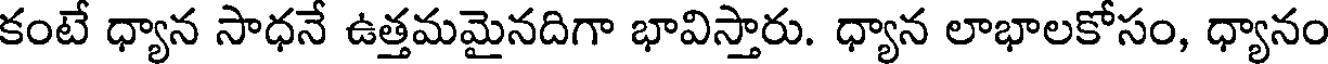
కంటే ధ్యాన సాధనే ఉత్తమమైనదిగా భావిస్తారు. ధ్యాన లాభాలకోసం, ధ్యానం